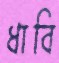
ধাবি